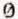
0